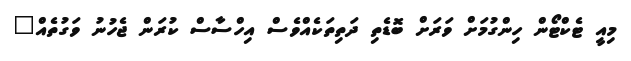
މިއީ ޓެކްޓޯން ހިންގުމަށް ވަރަށް ބޮޑެތި ދަތިތަކެއްވެސް އިހްސާސް ކުރަން ޖެހުނު ވަގުތެއް"